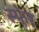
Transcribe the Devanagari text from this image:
स्फेर